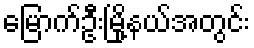
မြောက်ဦးမြို့နယ်အတွင်း